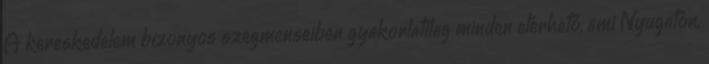
A kereskedelem bizonyos szegmenseiben gyakorlatilag minden elérhető, ami Nyugaton,